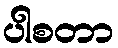
ပါစတာ